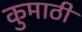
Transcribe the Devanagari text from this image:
कुमाठी